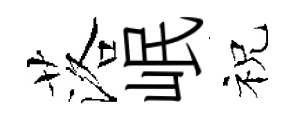
落岷祝